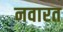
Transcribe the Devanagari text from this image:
नवारत